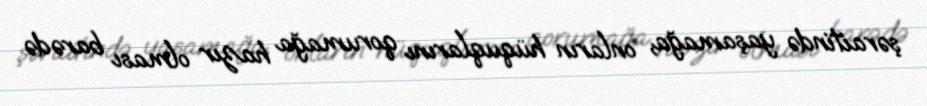
şəraitində yaşamağa, onların hüquqlarını qorumağa hazır olması barədə